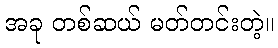
အခု တစ်ဆယ် မတ်တင်းတဲ့။